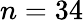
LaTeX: n=34